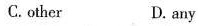
C.other D. any